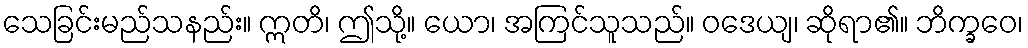
သေခြင်းမည်သနည်း။ ဣတိ၊ ဤသို့။ ယော၊ အကြင်သူသည်။ ဝဒေယျ၊ ဆိုရာ၏။ ဘိက္ခဝေ၊